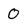
Character: 0